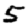
Digit: 5